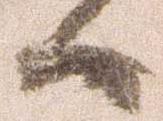
候